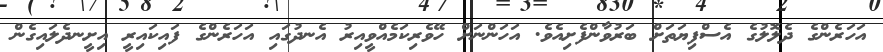
އަހަރެންގެ ދެލޮލުގެ އެސްފިޔަތަށް ބަރުވާންފެށިއެވެ. އަހަންނަށް ހޭވެރިކަމެއްވީއިރު އެނދުގައި އަހަރެންގެ ފައިކައިރީ އިށީނދެލައިގެން